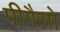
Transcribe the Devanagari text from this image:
पीगैसो